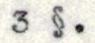
3 §.